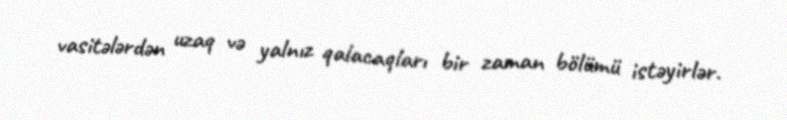
vasitələrdən uzaq və yalnız qalacaqları bir zaman bölümü istəyirlər.